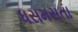
ધસમસતા